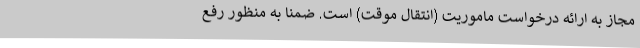
مجاز به ارائه درخواست ماموریت (انتقال موقت) است. ضمنا به منظور رفع